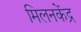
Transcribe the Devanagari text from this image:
मिलनकेंद्र